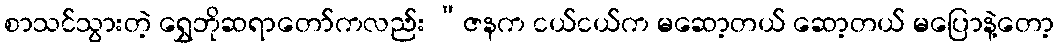
စာသင်သွားတဲ့ ရွှေဘိုဆရာတော်ကလည်း “ဇနက ငယ်ငယ်က မဆော့တယ် ဆော့တယ် မပြောနဲ့တော့